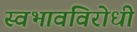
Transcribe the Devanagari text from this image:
स्वभावविरोधी